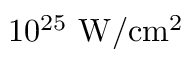
1 0 ^ { 2 5 } ~ \mathrm { W / c m ^ { 2 } }